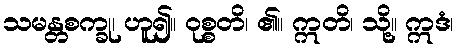
သမန္တစက္ခု၊ ဟူ၍။ ဝုစ္စတိ၊ ၏။ ဣတိ၊ သို့။ ဣဒံ၊